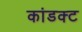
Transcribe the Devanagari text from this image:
कांडक्ट